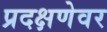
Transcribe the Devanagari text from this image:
प्रदक्षणेवर